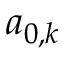
a _ { 0 , k }